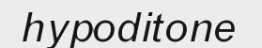
hypoditone